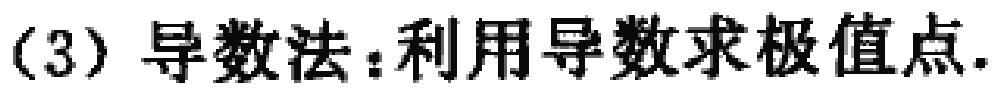
（3）导数法：利用导数求极值点.